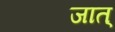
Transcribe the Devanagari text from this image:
जात्